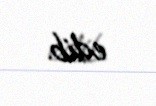
edib.